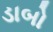
ડાબો